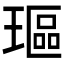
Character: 𰢋